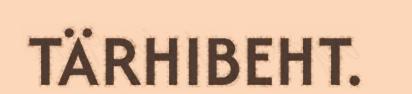
TÄRHIBEHT.